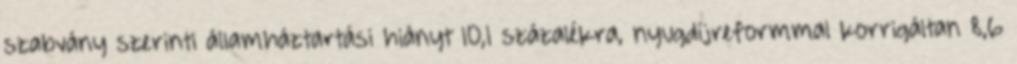
szabvány szerinti államháztartási hiányt 10,1 százalékra, nyugdíjreformmal korrigáltan 8,6